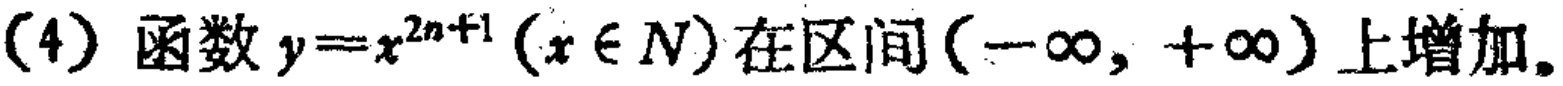
(4) 函数 \(y = x^{2n + 1}(x\in N)\) 在区间 \((-\infty,+\infty)\) 上增加。